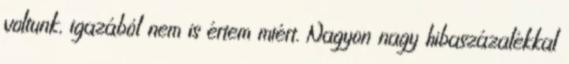
voltunk, igazából nem is értem miért. Nagyon nagy hibaszázalékkal